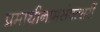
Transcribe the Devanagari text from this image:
प्रमाथीनामसंवत्सरीं